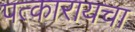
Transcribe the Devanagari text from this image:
पत्कारायचा